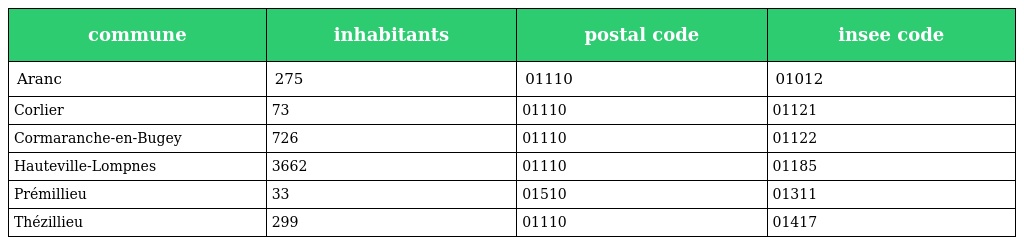
| commune | inhabitants | postal code | insee code |
 | --- | --- | --- | --- |
 | Aranc | 275 | 01110 | 01012 |
 | Corlier | 73 | 01110 | 01121 |
 | Cormaranche-en-Bugey | 726 | 01110 | 01122 |
 | Hauteville-Lompnes | 3662 | 01110 | 01185 |
 | Prémillieu | 33 | 01510 | 01311 |
 | Thézillieu | 299 | 01110 | 01417 |